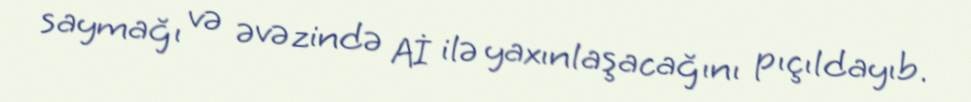
saymağı və əvəzində Aİ ilə yaxınlaşacağını pıçıldayıb.